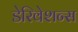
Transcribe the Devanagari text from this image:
डेरिवेशन्स